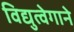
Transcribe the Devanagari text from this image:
विद्युत्‍वेगाने